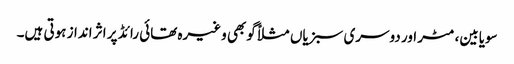
سویابین، مٹر اور دوسری سبزیاں مثلاً گوبھی وغیرہ تھائی رائڈ پر اثر انداز ہوتی ہیں۔